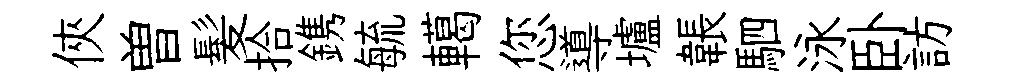
俠曽髪拾鎸毓轕您導壚韔駟泳卧訪